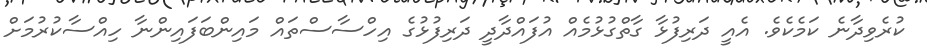
ކުރެވިދާނެ ކަމެކެވެ. އެއީ ދަރިފުޅާ ގާތްގުޅުމެއް އުފައްދާދީ ދަރިފުޅުގެ އިހްސާސްތައް މައިންބަފައިންނާ ހިއްސާކުރުމަށް